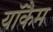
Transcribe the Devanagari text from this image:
याॅकैम